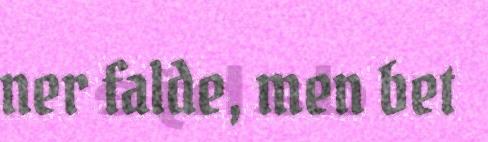
ner falde, men bet